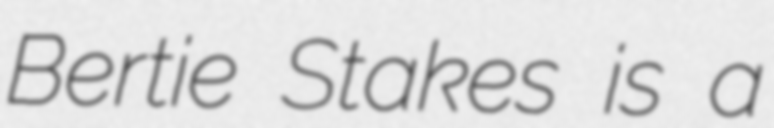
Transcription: Bertie Stakes is a